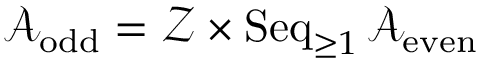
{ \mathcal { A } } _ { \mathrm { o d d } } = { \mathcal { Z } } \times \operatorname { S e q } _ { \geq 1 } { \mathcal { A } } _ { \mathrm { e v e n } }